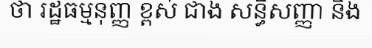
ថា រដ្ឋធម្មនុញ្ញ ខ្ពស់ ជាង សន្ធិសញ្ញា និង